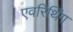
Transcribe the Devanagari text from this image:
एवरिथिंग